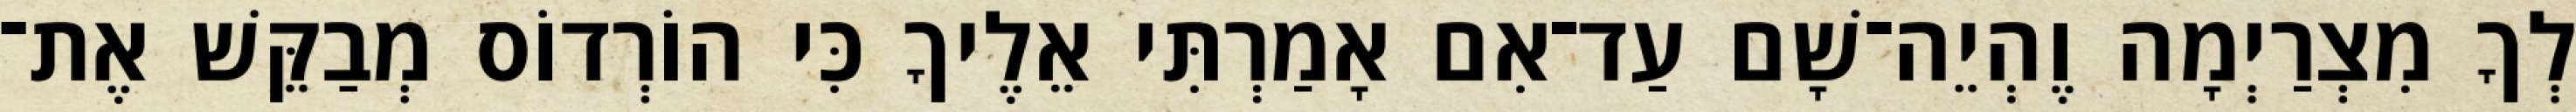
לְךָ מִצְרַיְמָה וֶהְיֵה־שָׁם עַד־אִם אָמַרְתִּי אֵלֶיךָ כִּי הוֹרְדוֹס מְבַקֵּשׁ אֶת־